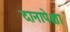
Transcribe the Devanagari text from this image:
दानापेक्षा